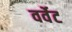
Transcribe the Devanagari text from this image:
वर्वेट